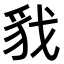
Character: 𮙦